Civil Veterinary Department Bihar & Orissa reports 1929-36 - 1929-1936
Year: 1929
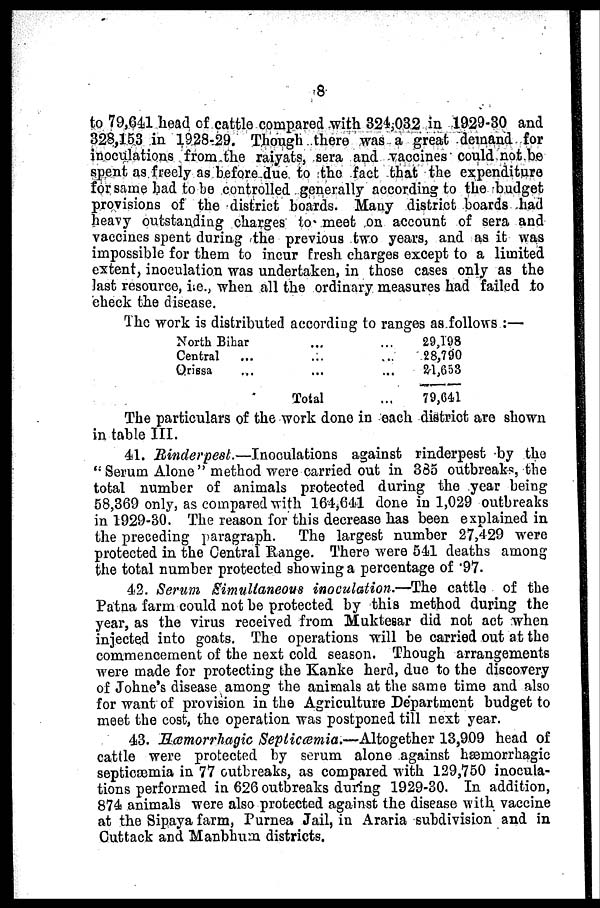
8
to 79,641 head of cattle compared with 324,032 in 1929-30 and
328,153 in 1928-29. Though there was a great demand for
inoculations from the raiyats, sera and vaccines could not be
spent as freely as before due to the fact that the expenditure
for same had to bo controlled generally according to the budget
provisions of the district boards. Many district boards had
heavy outstanding charges to meet on account of sera and
vaccines spent during the previous two years, and as it was
impossible for them to incur fresh charges except to a limited
extent, inoculation was undertaken, in those cases only as the
last resource, i.e., when all the ordinary measures had failed to
check the disease.
The work is distributed according: to ranges as follows :—
North Bihar ... ...
Central ... ... ...
Orissa ... ... ...
Total ...
29,198
28,790
24,653
79,641
The particulars of the work done in each district are shown
in table III.
41. Rinderpest.—Inoculations
against rinderpest by the
"Serum Alone" method were carried out in 385 outbreaks, the
total number of animals protected during the year being
58,369 only, as compared with 161,641 done in 1,029 outbreaks
in 1929-30. The reason for this decrease has been explained in
the preceding paragraph.
The largest number 27,429 were
protected in the Central Range. There were 541 deaths among
the total number protected showing a percentage of .97.
42. Serum Simultaneous inoculation.—The cattle of the
Patna farm could not be protected by this method during the
year, as the virus received from Muktesar did not act when
injected into goats. The operations will be carried out at the
commencement of the next cold season. Though arrangements
were made for protecting the Kanke herd, due to the discovery
of Johne's disease among the animals at the same time and also
for want of provision in the Agriculture Department budget to
meet the cost, the operation was postponed till next year.
43. Hæmorrhagic Septicæmia.—Altogether
13,909 head of
cattle were protected by serum alone against haemorrhagic
septicæmia in 77 outbreaks, as compared with 129,750 inocula-
tions performed in 626 outbreaks during 1929-30. In addition,
874 animals were also protected against the disease with vaccine
at the Sipaya farm, Purnea Jail, in Araria subdivision and in
Cuttack and Manbhum districts.